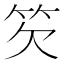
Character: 䇜